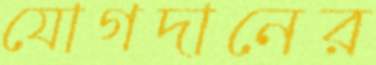
যোগদানের